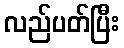
လည်ပတ်ပြီး